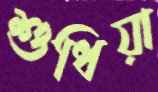
শুধিয়া